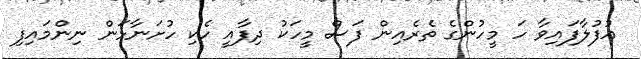
އުފުލާފައިވާ ހަ މީހުންގެ ތެރެއިން ފަސް މީހަކު ދިފާއީ ހެކި ހުށަނާޅަން ނިންމައިފި